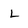
Character: L